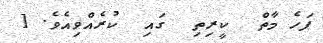
ފަހެ މާތް  ކީރިތި  ގައި  ކުރެއްވިއެވެ. [